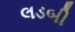
લડબી